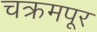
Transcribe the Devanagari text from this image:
चक्रमपूर